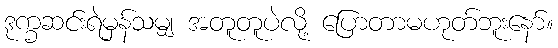
ဒုက္ခဆင်းရဲမှန်သမျှ အတူတူပဲလို့ ပြောတာမဟုတ်ဘူးနော်။